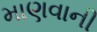
માણવાની